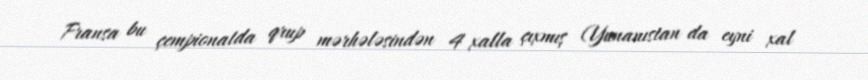
Fransa bu çempionatda qrup mərhələsindən 4 xalla çıxmış (Yunanıstan da eyni xal